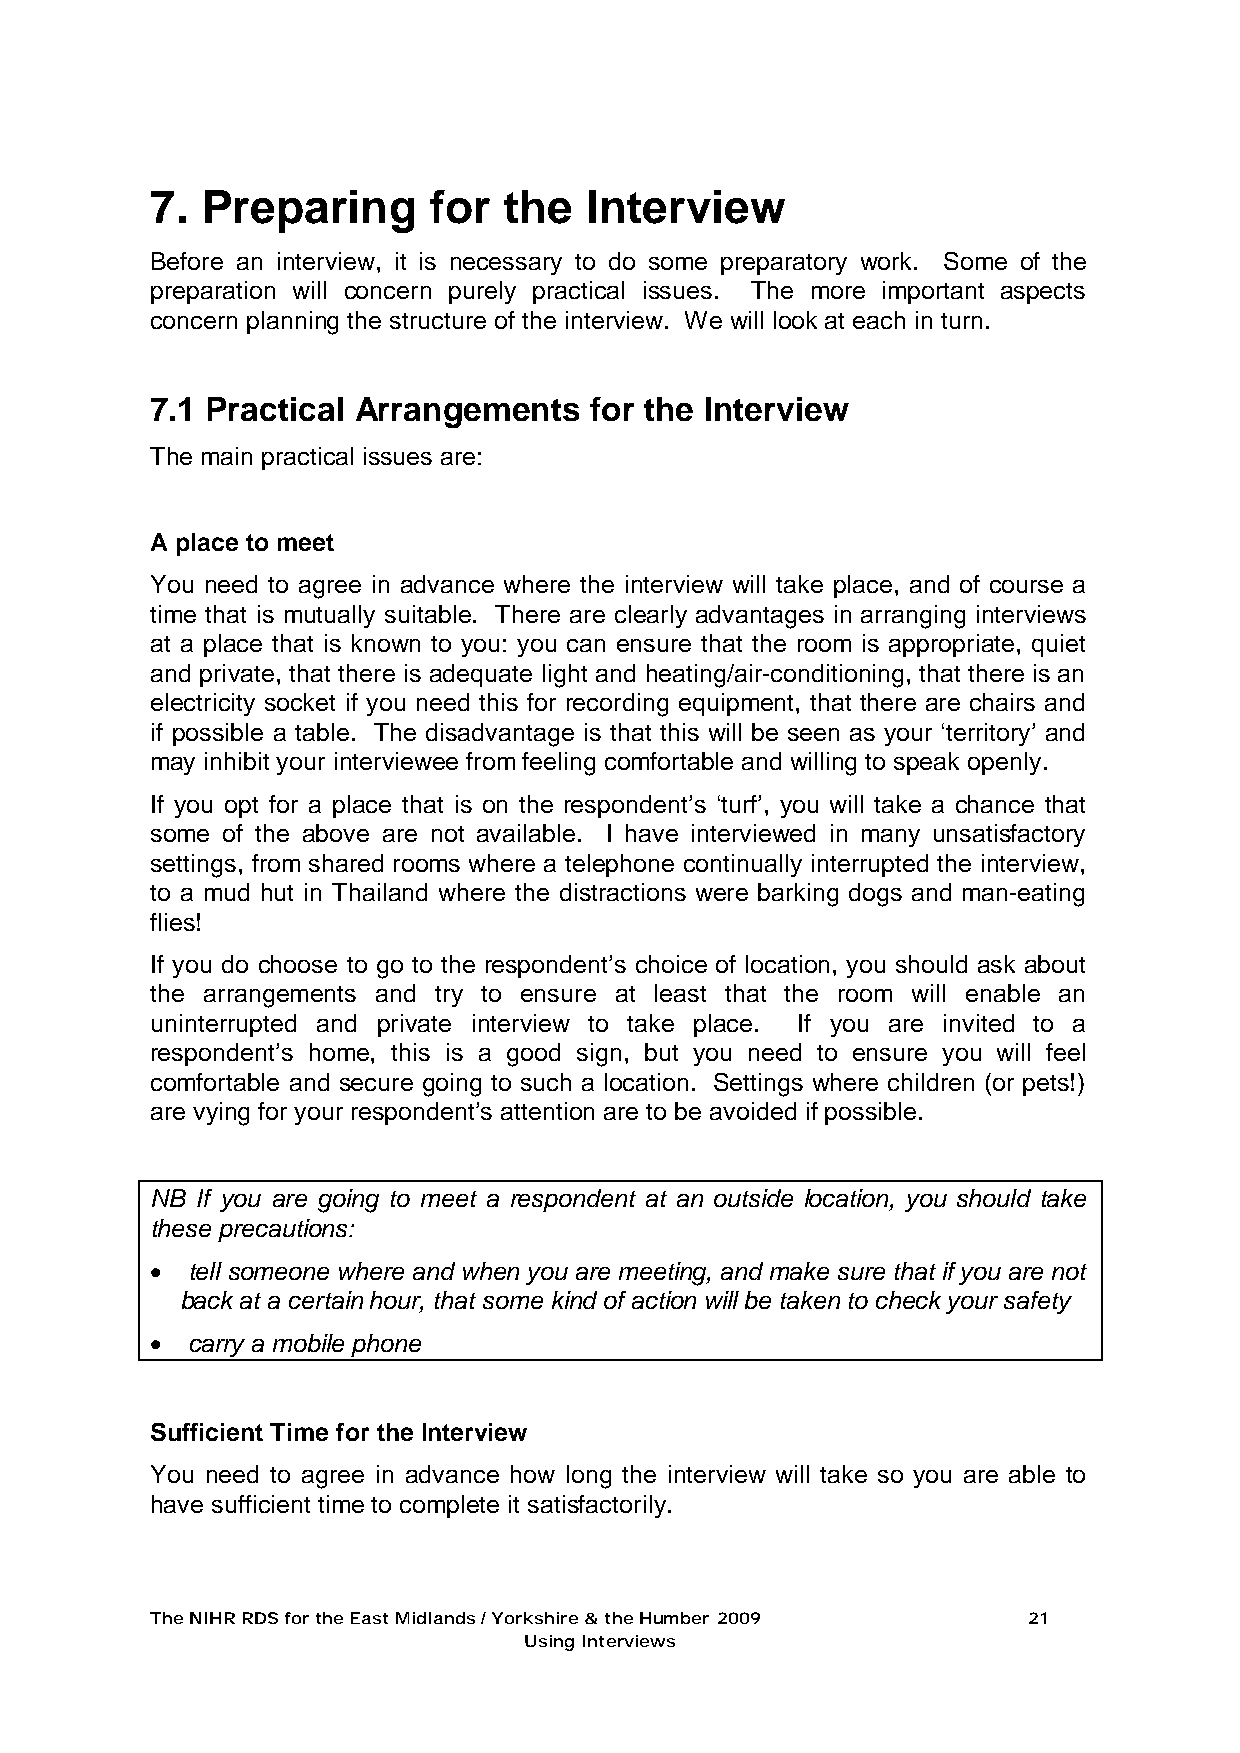
7. Preparing      for  the   Interview
 Before an interview, it is necessary to do some preparatory work. Some of the
 preparation will concern purely practical issues. The more important aspects
 concern planning the structure of the interview. We will look at each in turn.
 7.1 Practical Arrangements   for the Interview
 The main practical issues are:
 A place to meet
 You need to agree in advance where the interview will take place, and of course a
 time that is mutually suitable. There are clearly advantages in arranging interviews
 at a place that is known to you: you can ensure that the room is appropriate, quiet
 and private, that there is adequate light and heating/air-conditioning, that there is an
 electricity socket if you need this for recording equipment, that there are chairs and
 if possible a table. The disadvantage is that this will be seen as your ‘territory’ and
 may inhibit your interviewee from feeling comfortable and willing to speak openly.
 If you opt for a place that is on the respondent’s ‘turf’, you will take a chance that
 some of the above are not available. I have interviewed in many unsatisfactory
 settings, from shared rooms where a telephone continually interrupted the interview,
 to a mud hut in Thailand where the distractions were barking dogs and man-eating
 flies!
 If you do choose to go to the respondent’s choice of location, you should ask about
 the arrangements and try to ensure at least that the room will enable an
 uninterrupted and private interview to take place. If you are invited to a
 respondent’s home, this is a good sign, but you need to ensure you will feel
 comfortable and secure going to such a location. Settings where children (or pets!)
 are vying for your respondent’s attention are to be avoided if possible.
 NB If you are going to meet a respondent at an outside location, you should take
 these precautions:
 • tell someone where and when you are meeting, and make sure that if you are not
 back at a certain hour, that some kind of action will be taken to check your safety
 • carry a mobile phone
 Sufficient Time for the Interview
 You need to agree in advance how long the interview will take so you are able to
 have sufficient time to complete it satisfactorily.
 The NIHR RDS for the East Midlands / Yorkshire & the Humber 2009 21
 Using Interviews